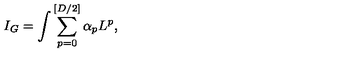
I _ { G } = \int \sum _ { p = 0 } ^ { [ D / 2 ] } \alpha _ { p } L ^ { p } ,